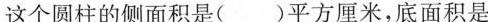
这个圆柱的侧面积是( )平方厘米，底面积是